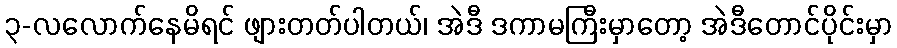
၃-လလောက်နေမိရင် ဖျားတတ်ပါတယ်၊ အဲဒီ ဒကာမကြီးမှာတော့ အဲဒီတောင်ပိုင်းမှာ